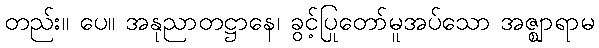
တည်း။ ပေ။ အနုညာတဋ္ဌာနေ၊ ခွင့်ပြုတော်မူအပ်သော အဇ္ဈာရာမ